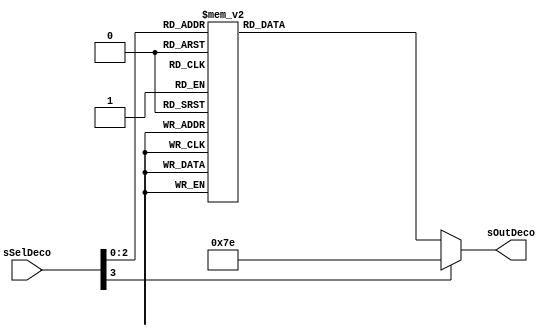
//---------------------------------------------------------------------------
// SharkBoad ExampleModule
// Fredy Segura Q.
// Josnelihurt Rodriguez Barajas
// fsegura@uniandes.edu.co
// j.rodriguez52@uniandes.edu.co
// Top Level Design for the Xilinx Spartan 3-100E Device
//---------------------------------------------------------------------------

/*#
# SharkBoad
# Copyright (C) 2012 Bogot, Colombia
#
# This program is free software: you can redistribute it and/or modify
# it under the terms of the GNU General Public License as published by
# the Free Software Foundation, version 3 of the License.
#
# This program is distributed in the hope that it will be useful,
# but WITHOUT ANY WARRANTY; without even the implied warranty of
# MERCHANTABILITY or FITNESS FOR A PARTICULAR PURPOSE.  See the
# GNU General Public License for more details.
#
# You should have received a copy of the GNU General Public License
# along with this program.  If not, see <http://www.gnu.org/licenses/>.
#*/

module decoder #(
	parameter SELECTION = 4,		//NUMBER OF SELECTION BITS
	parameter DATAWIDTH = 9
	)
	(
	input			[SELECTION-1:0] 	sSelDeco,
	output reg		[DATAWIDTH-1:0] 	sOutDeco
	);
	always@(*)
	begin
	case (sSelDeco)	
		3'b000: sOutDeco = 8'b11111110;//R0
		3'b001: sOutDeco = 8'b11111101;//R1
		3'b010: sOutDeco = 8'b11111011;//R2
		3'b011: sOutDeco = 8'b11110111;//R3
		3'b100: sOutDeco = 8'b11101111;//R4
		3'b101: sOutDeco = 8'b11011111;//RP0
		3'b110: sOutDeco = 8'b10111111;//RP1
		3'b111: sOutDeco = 8'b11111111; //Not register selected to write
		default :   sOutDeco = 8'b1111110; //
		endcase
	end
endmodule